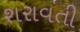
શરાવતી